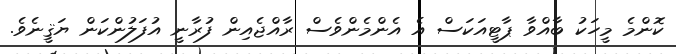
ކޮންމެ މީހަކު ބާއްވާ ޕާޓީއަކަސް އެ އެންމެންވެސް ރާއްޖެއިން ފުރާނީ އުފަލުންކަން ޔަޤީނެވެ.